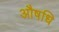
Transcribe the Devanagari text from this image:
औषधि